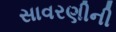
સાવરણીની